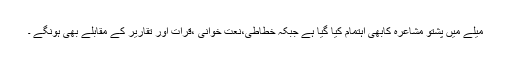
میلے میں پشتو مشاعرہ کابھی اہتمام کیا گیا ہے جبکہ خطاطی،نعت خوانی ،قرات اور تقاریر کے مقابلے بھی ہونگے ۔